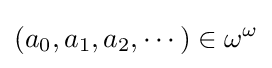
(a_{0},a_{1},a_{2},\cdots )\in \omega ^{\omega }